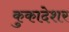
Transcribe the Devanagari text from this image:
कुकादेशर